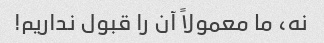
نه، ما معمولاً آن را قبول نداریم!